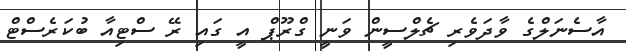
އާސެނަލްގެ ވާދަވެރި ޗެލްސީން ވަނީ ގްރޫޕް އީ ގައި ރޭ ސްޓިއާ ބުކަރެސްޓް